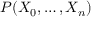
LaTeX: P ( X _ { 0 } , \ldots , X _ { n } )